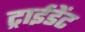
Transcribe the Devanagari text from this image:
ट्राईडेंट